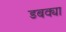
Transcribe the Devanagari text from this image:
डबक्या